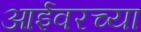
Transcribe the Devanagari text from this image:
आईवरच्या